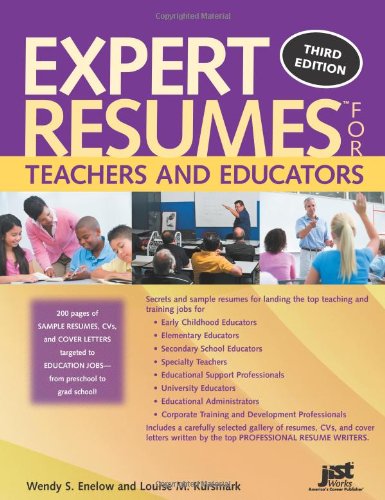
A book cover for Expert Resumes for Teachers and Educators, 3rd Ed; Wendy S Enelow and Louise M Kursmark; Business & Money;